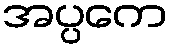
အပ္ပကေ